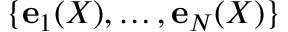
\{ \mathbf { e } _ { 1 } ( X ) , \hdots , \mathbf { e } _ { N } ( X ) \}